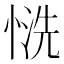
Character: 𢝚